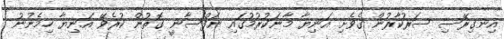
އިނގިރޭސި ސަރުކާރުން ގެވެށި އަނިޔާ މާނަކުރުމުގައި ނަފްސާނީ ގޮތުން ކުރެވޭ އަނިޔާ ހިމެނުނު